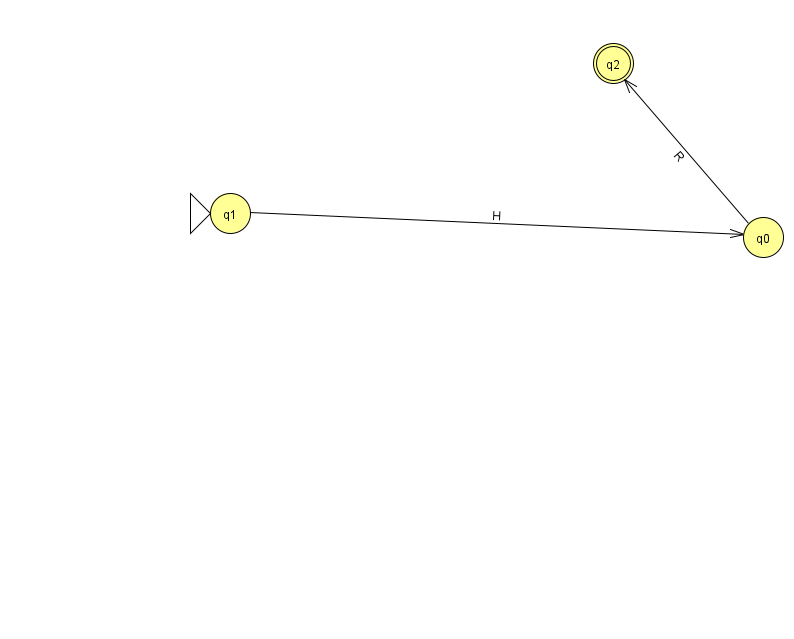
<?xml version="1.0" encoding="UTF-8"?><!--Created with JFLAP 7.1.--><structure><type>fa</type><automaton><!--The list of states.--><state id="0" name="q0"><x>763.0</x><y>224.0</y></state><state id="1" name="q1"><x>230.0</x><y>200.0</y><initial/></state><state id="2" name="q2"><x>613.0</x><y>50.0</y><final/></state><!--The list of transitions.--><transition><from>0</from><to>2</to><read>R</read></transition><transition><from>1</from><to>0</to><read>H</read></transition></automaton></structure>